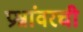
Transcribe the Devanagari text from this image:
प्रश्नांवरची